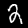
Digit: 2